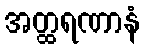
အတ္ထရဏာနံ